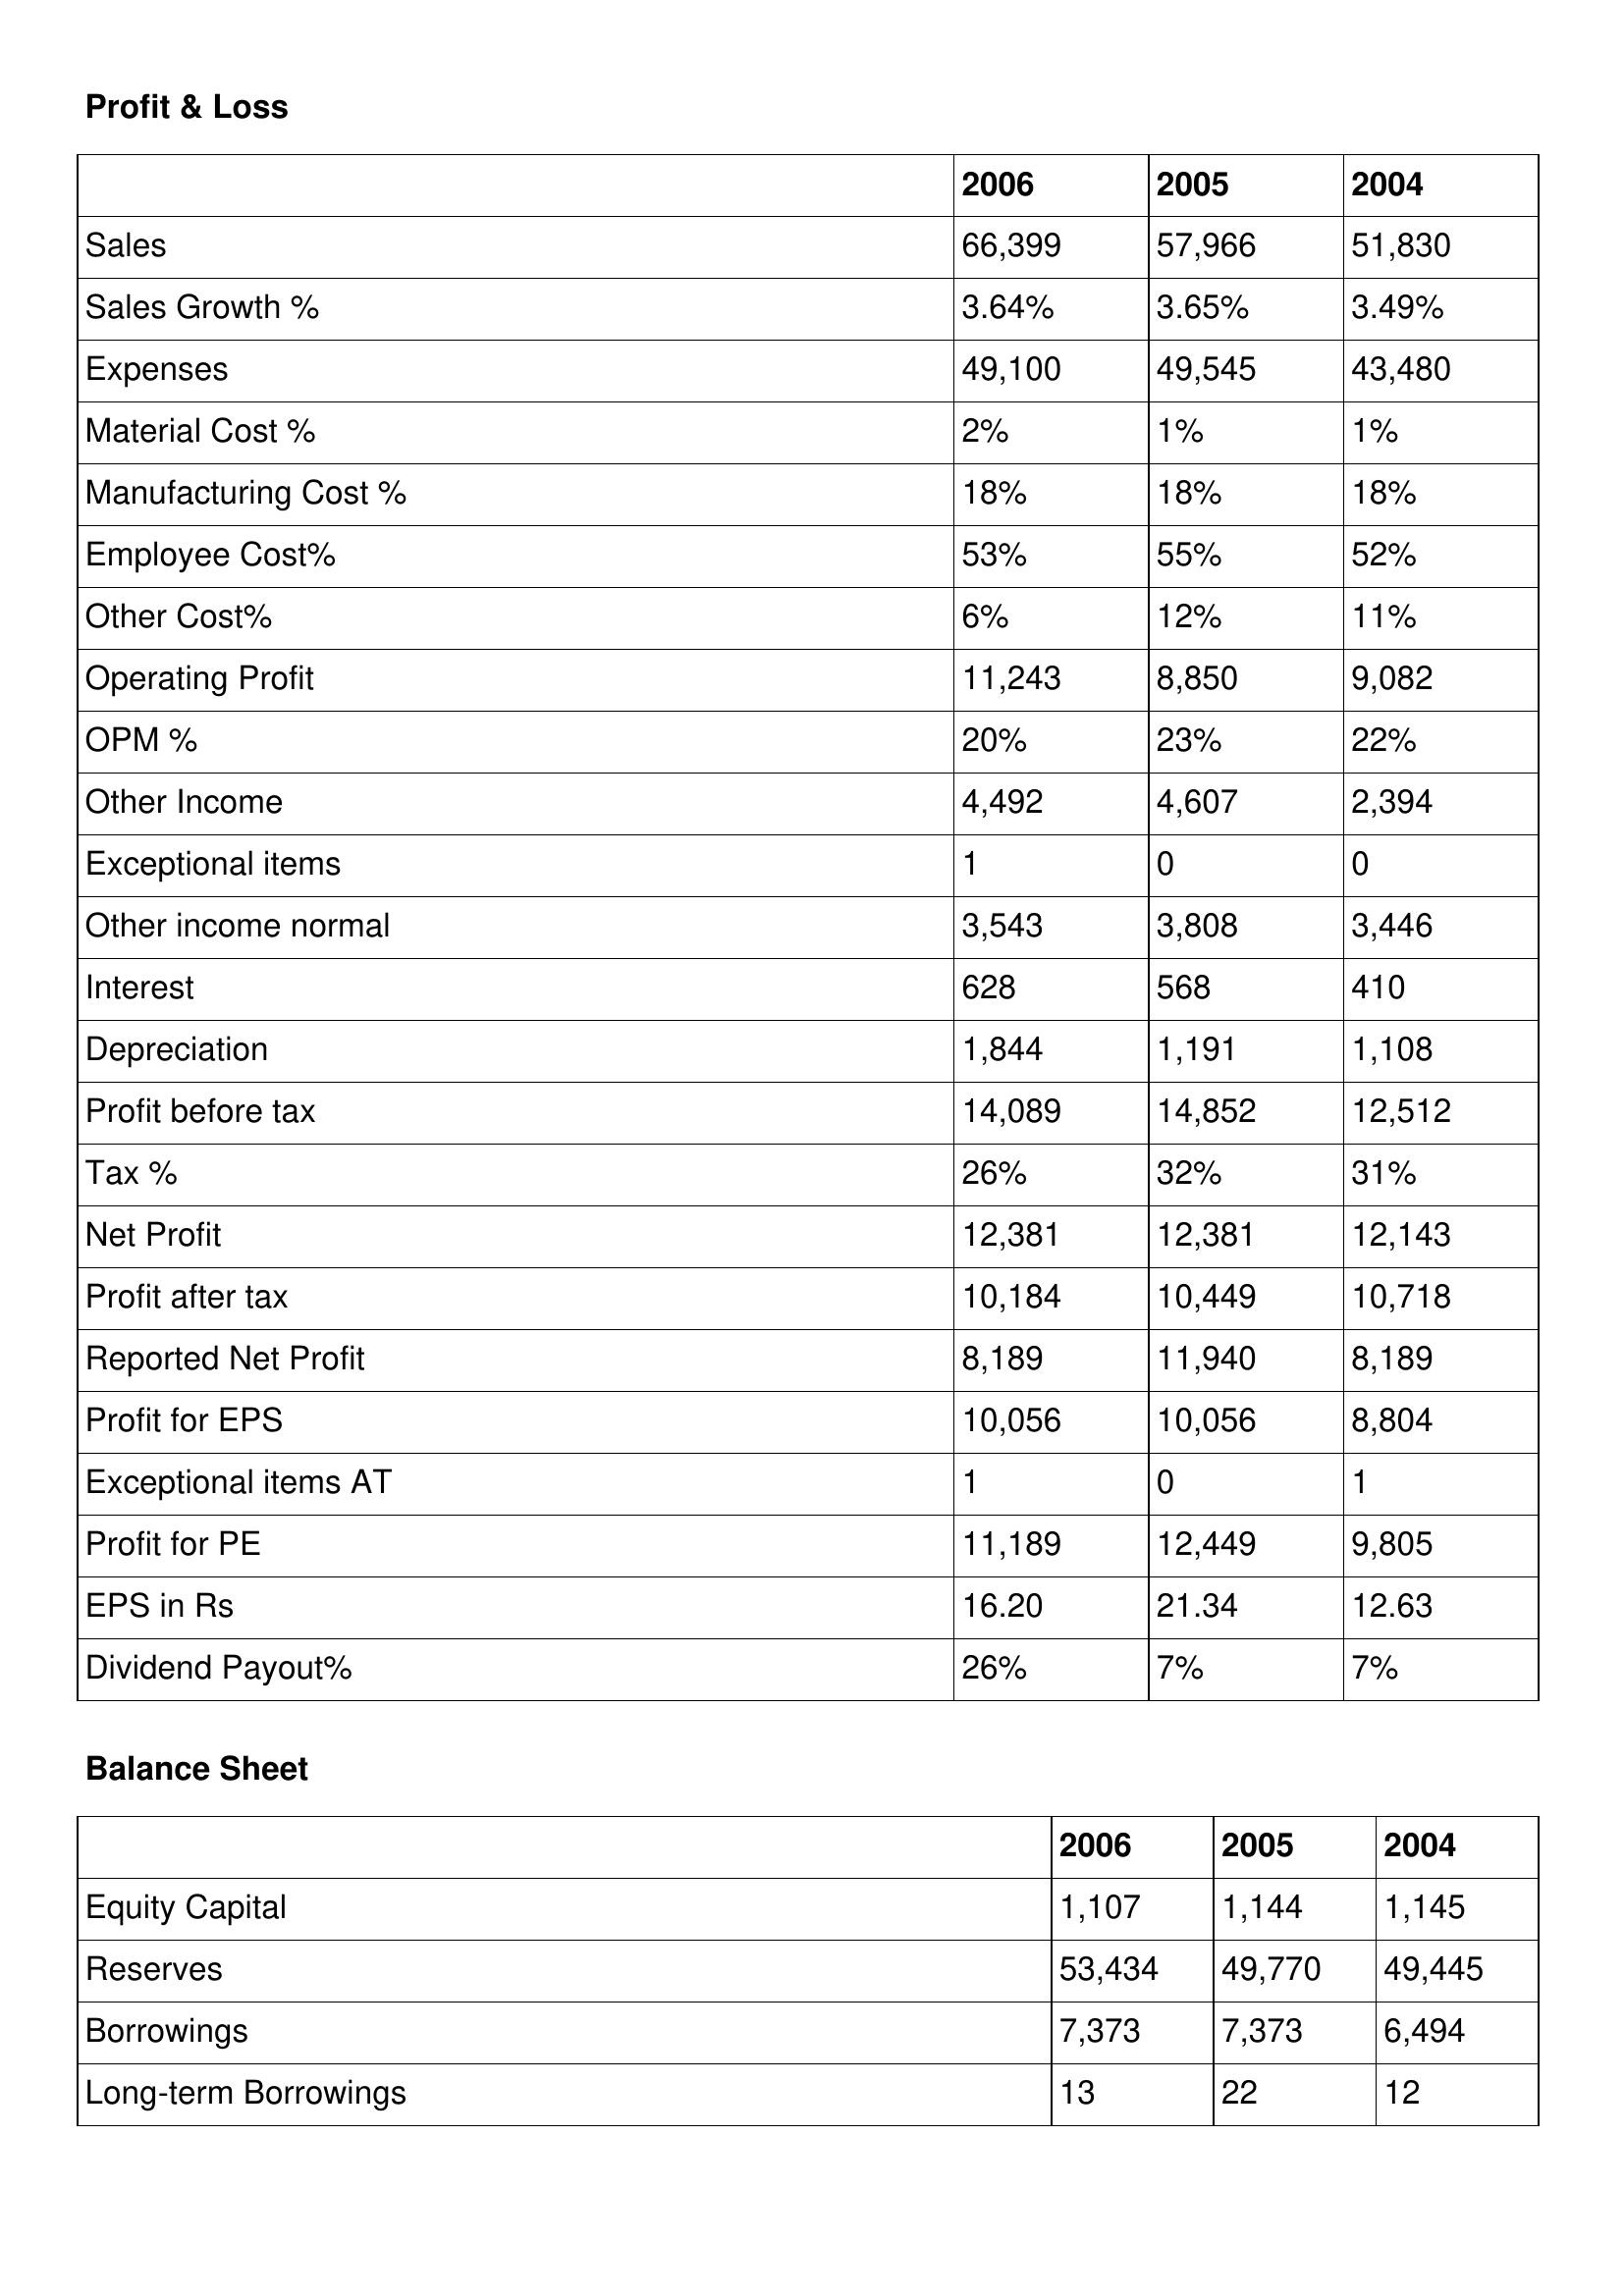
gt_parse: 2006: Profit & Loss: Sales: 66,399
Sales Growth %: 3.64%
Expenses: 49,100
Material Cost %: 2%
Manufacturing Cost %: 18%
Employee Cost%: 53%
Other Cost%: 6%
Operating Profit: 11,243
OPM %: 20%
Other Income: 4,492
Exceptional items: 1
Other income normal: 3,543
Interest: 628
Depreciation: 1,844
Profit before tax: 14,089
Tax %: 26%
Net Profit: 12,381
Profit after tax: 10,184
Reported Net Profit: 8,189
Profit for EPS: 10,056
Exceptional items AT: 1
Profit for PE: 11,189
EPS in Rs: 16.20
Dividend Payout%: 26%
Balance Sheet: Equity Capital: 1,107
Reserves: 53,434
Borrowings: 7,373
Long-term Borrowings: 13
2005: Profit & Loss: Sales: 57,966
Sales Growth %: 3.65%
Expenses: 49,545
Material Cost %: 1%
Manufacturing Cost %: 18%
Employee Cost%: 55%
Other Cost%: 12%
Operating Profit: 8,850
OPM %: 23%
Other Income: 4,607
Exceptional items: 0
Other income normal: 3,808
Interest: 568
Depreciation: 1,191
Profit before tax: 14,852
Tax %: 32%
Net Profit: 12,381
Profit after tax: 10,449
Reported Net Profit: 11,940
Profit for EPS: 10,056
Exceptional items AT: 0
Profit for PE: 12,449
EPS in Rs: 21.34
Dividend Payout%: 7%
Balance Sheet: Equity Capital: 1,144
Reserves: 49,770
Borrowings: 7,373
Long-term Borrowings: 22
2004: Profit & Loss: Sales: 51,830
Sales Growth %: 3.49%
Expenses: 43,480
Material Cost %: 1%
Manufacturing Cost %: 18%
Employee Cost%: 52%
Other Cost%: 11%
Operating Profit: 9,082
OPM %: 22%
Other Income: 2,394
Exceptional items: 0
Other income normal: 3,446
Interest: 410
Depreciation: 1,108
Profit before tax: 12,512
Tax %: 31%
Net Profit: 12,143
Profit after tax: 10,718
Reported Net Profit: 8,189
Profit for EPS: 8,804
Exceptional items AT: 1
Profit for PE: 9,805
EPS in Rs: 12.63
Dividend Payout%: 7%
Balance Sheet: Equity Capital: 1,145
Reserves: 49,445
Borrowings: 6,494
Long-term Borrowings: 12